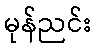
မုန်ညင်း